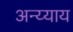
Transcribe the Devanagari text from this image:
अन्य्याय